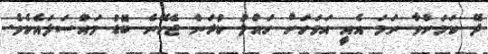
ދޭ ކަމަށްވާ ނަމަ އެއީ އަވަހަށް ހައްލު ކުރަން ޖެހޭނެ ބޮޑު މައްސަލައެކެވެ.